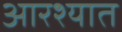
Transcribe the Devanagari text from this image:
आरश्यात